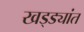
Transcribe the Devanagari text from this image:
खड्ड्यांत